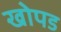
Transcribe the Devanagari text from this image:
खोपड